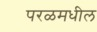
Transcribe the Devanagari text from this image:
परळमधील